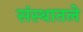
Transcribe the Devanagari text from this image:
संस्थातले